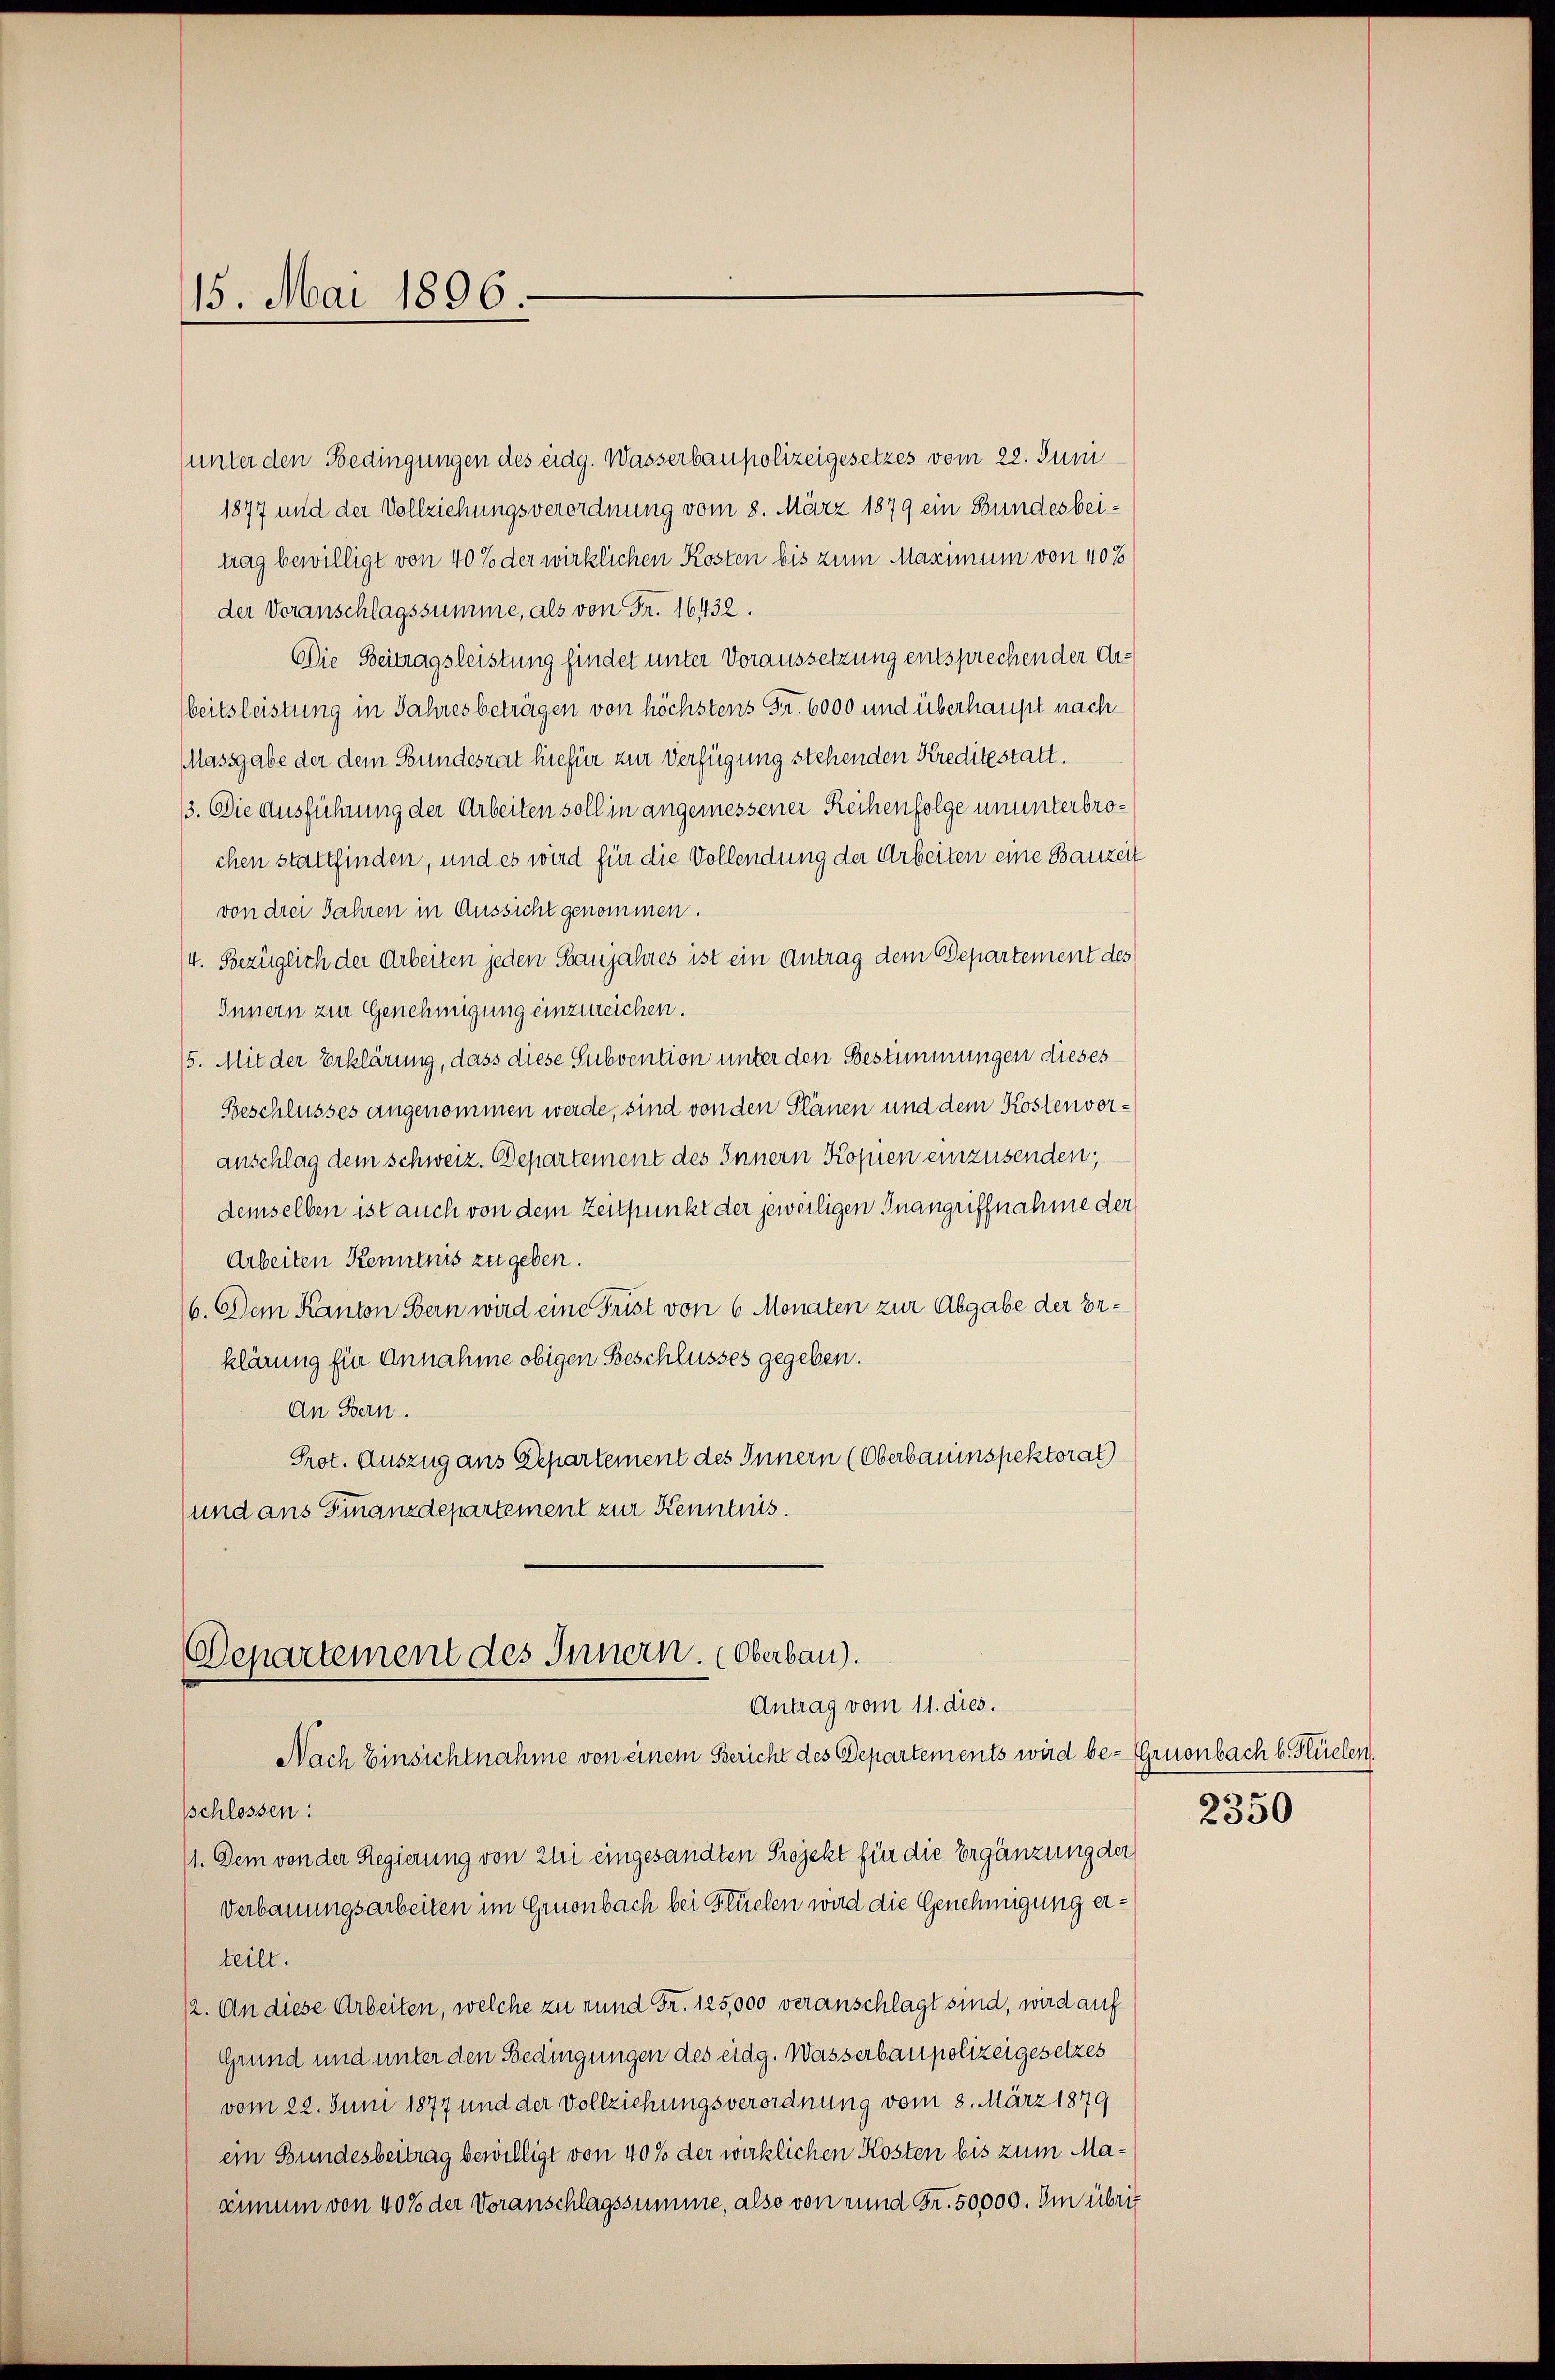
15. Mai 1896.

unter den Bedingungen des eidg. Wasserbaupolizeigesetzes vom 22. Juni
1877 und der Vollziehungsverordnung vom 8. März 1879 ein Bundesbeitrag bewilligt von 40% der wirklichen Kosten bis zum Maximum von 40%
der Voranschlagssumme, als von Fr. 16432.
Die Beitragsleistung findet unter Voraussetzung entsprechen der Arbeitsleistung in Jahresbeträgen von höchstens Fr. 6000 und überhaupt nach
Massgabe der dem Bundesrat hiefür zur Verfügung stehenden Kreditestatt.
3. Die Ausführung der Arbeiten soll in angemessener Reihenfolge ununterbrochen stattfinden, und es wird für die Vollendung der Arbeiten eine Bauzeit
von drei Jahren in Aussicht genommen.
/4. Bezüglich der Arbeiten jeden Banjahres ist ein Antrag dem Departement des
Innern zur Genehmigung einzureichen.
15. Mit der Erklärung, dass diese Subvention unter den Bestimmungen dieses
Beschlusses angenommen werde, sind von den Plänen und dem Kostenvoranschlag dem schweiz. Departement des Innern Kopien einzusenden;
demselben ist auch von dem Zeitpunkt der jeweiligen Inangriffnahme der
Arbeiten Kenntnis zu geben.
6. Dem Kanton Bern wird eine Frist von 6 Monaten zur Abgabe der Erklärung für Annahme obigen Beschlusses gegeben.
An Bern.
Prot. Auszug aus Departement des Innern (Oberbauinspektorat
und ans Finanzdepartement zur Kenntnis.

Departement des Innern. (Oberbau).
Antrag vom 11. dies.

Nach Einsichtnahme von einem Gericht des Departements wird be- Gruenbach b. Flüelen.
sschlossen:
11. Dem von der Regierung von Zuri eingesandten Projekt für die Ergänzung der
Verbauungsarbeiten im Gronbach bei Flüchen wird die Genehmigung erteilt.
12. An diese Arbeiten, welche zu rund Fr. 125,000 veranschlagt sind, wird auf
Grund und unter den Bedingungen des eidg. Wasserbaupolizeigesetzes
vom 22. Juni 1877 und der Vollziehungsverordnung vom 8. März 1879
ein Bundesbeitrag bewilligt von 40% der wirklichen Kosten bis zum Masimum von 40% der Voranschlagssumme, also von rund Fr. 50000. Im übrig

2350